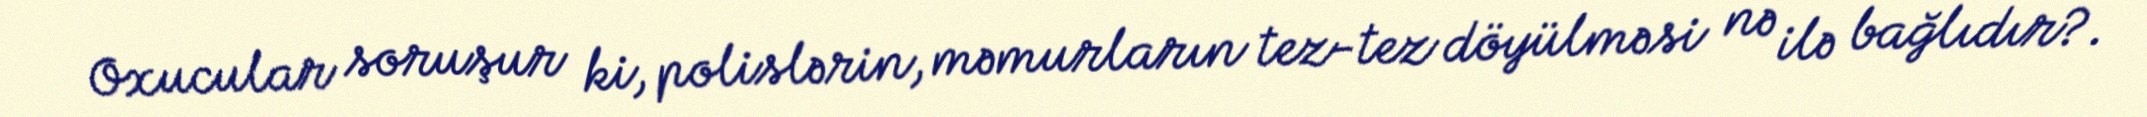
Oxucular soruşur ki, polislərin, məmurların tez-tez döyülməsi nə ilə bağlıdır?.